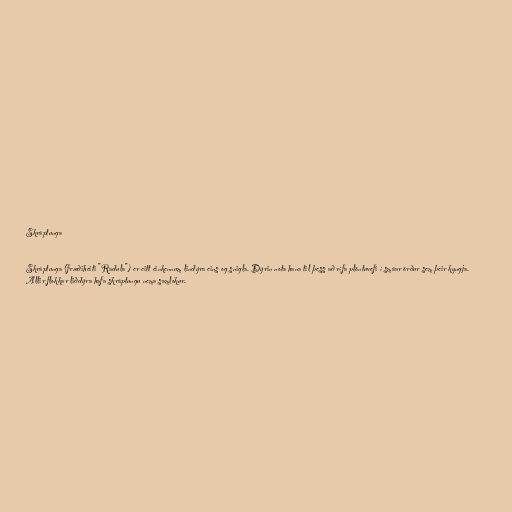
Skráptunga

Skráptunga (fræðiheiti "Radula") er eitt einkennum lindýra eins og snigla. Dýrin nota hana til þess að rífa plöntuvefi í smáar örður sem þeir kyngja.
Allir flokkar liðdýra hafa skráptungu nema samlokur.